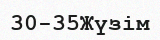
30-35Жүзім